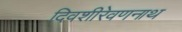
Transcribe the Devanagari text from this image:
दिवशीरेवणनाथ